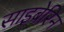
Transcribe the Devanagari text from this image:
साइबेरिन